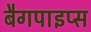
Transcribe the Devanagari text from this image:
बैगपाइप्स